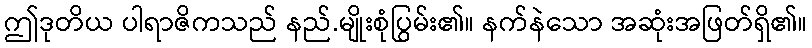
ဤဒုတိယ ပါရာဇိကသည် နည်.မျိုးစုံပြွမ်း၏။ နက်နဲသော အဆုံးအဖြတ်ရှိ၏။